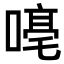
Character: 𪢁